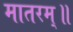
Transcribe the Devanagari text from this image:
मातरम्॥